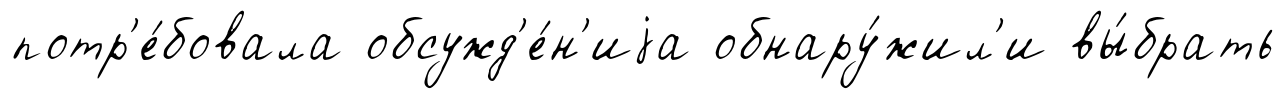
потр'е́бовала обсужд'е́н'иjа обнару́жил'и вы́брать